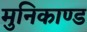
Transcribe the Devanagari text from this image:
मुनिकाण्ड